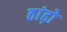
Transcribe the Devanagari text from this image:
ठांढ़ो